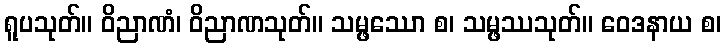
ရူပသုတ်။ ဝိညာဏံ၊ ဝိညာဏသုတ်။ သမ္ဖဿော စ၊ သမ္ဖဿသုတ်။ ဝေဒနာယ စ၊